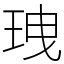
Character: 𤤺